Manual of vaccination for the United Provinces of Agra and Oudh -
Year: 1903
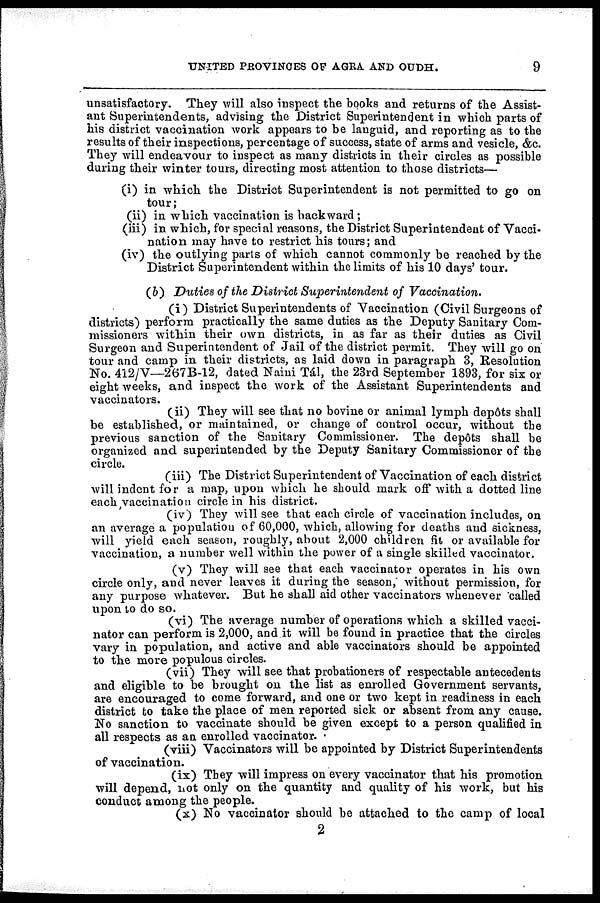
UNITED PROVINCES OF AGRA AND OUDH.
9
unsatisfactory. They will also inspect the books and returns of the Assist-
ant Superintendents, advising the District Superintendent in which parts of
his district vaccination work appears to be languid, and reporting as to the
results of their inspections, percentage of success, state of arms and vesicle, &c.
They will endeavour to inspect as many districts in their circles as possible
during their winter tours, directing most attention to those districts—
(i) in which the District Superintendent is not permitted to go on
tour;
(ii) in which vaccination is backward ;
(iii) in which, for special reasons, the District Superintendent of Vacci-
nation may have to restrict his tours; and
(iv) the outlying parts of which cannot commonly be reached by the
District Superintendent within the limits of his 10 days' tour.
(b) Duties of the District Superintendent of Vaccination.
(i) District Superintendents of Vaccination (Civil Surgeons of
districts) perform practically the same duties as the Deputy Sanitary Com-
missioners within their own districts, in as far as their duties as Civil
Surgeon and Superintendent of Jail of the district permit. They will go on
tour and camp in their districts, as laid down in paragraph 3, Resolution
No. 412/V—267B-12, dated Naini Tál, the 23rd September 1893, for six or
eight weeks, and inspect the work of the Assistant Superintendents and
vaccinators.
(ii) They will see that no bovine or animal lymph depôts shall
be established, or maintained, or change of control occur, without the
previous sanction of the Sanitary Commissioner. The depôts shall be
organized and superintended by the Deputy Sanitary Commissioner of the
circle.
(iii) The District Superintendent of Vaccination of each district
will indent for a map, upon which he should mark off with a dotted line
each vaccination circle in his district.
(iv) They will see that each circle of vaccination includes, on
an average a population of 60,000, which, allowing for deaths and sickness,
will yield each season, roughly, about 2,000 children fit or available for
vaccination, a number well within the power of a single skilled vaccinator.
(v) They will see that each vaccinator operates in his own
circle only, and never leaves it during the season, without permission, for
any purpose whatever. But he shall aid other vaccinators whenever called
upon to do so.
(vi) The average number of operations which a skilled vacci-
nator can perform is 2,000, and it will be found in practice that the circles
vary in population, and active and able vaccinators should be appointed
to the more populous circles.
(vii) They will see that probationers of respectable antecedents
and eligible to be brought on the list as enrolled Government servants,
are encouraged to come forward, and one or two kept in readiness in each
district to take the place of men reported sick or absent from any cause.
No sanction to vaccinate should be given except to a person qualified in
all respects as an enrolled vaccinator.
(viii) Vaccinators will be appointed by District Superintendents
of vaccination.
(ix) They will impress on every vaccinator that his promotion
will depend, not only on the quantity and quality of his work, but his
conduct among the people.
(x) No vaccinator should be attached to the camp of local
2